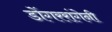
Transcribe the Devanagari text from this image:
डोंगररांगेनी